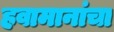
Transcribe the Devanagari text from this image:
हवामानांचा